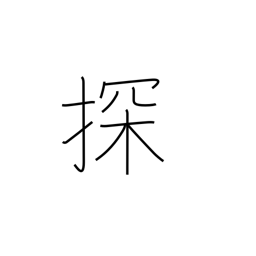
Meaning: search